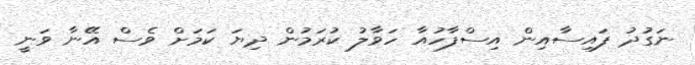
ނަގުދު ފައިސާއިން އިސްފާހުއާ ހަވާލު ކުރަމުން ދިޔަ ކަމަށް ވެސް އޭނާ ވަނީ